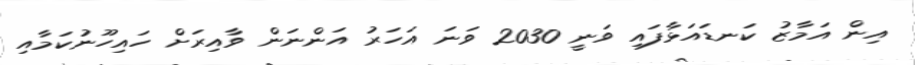
އިން އަމާޒު ކަނޑައަޅާފައި ވަނީ 2030 ވަނަ އަހަރު އަންނަން ވާއިރަށް ހައިހޫނުކަމާއި